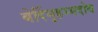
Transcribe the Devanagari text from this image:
बेर्दिमुहम्मदोव